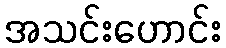
အသင်းဟောင်း